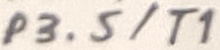
Text: P3.5/T1